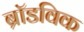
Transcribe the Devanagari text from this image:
ब्रॉडविक